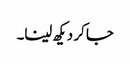
جا کر دیکھ لینا۔